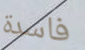
فاسدة